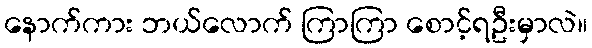
နောက်ကား ဘယ်လောက် ကြာကြာ စောင့်ရဦးမှာလဲ။